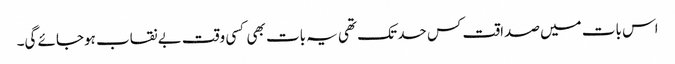
اس بات میں صداقت کس حد تک تھی یہ بات بھی کسی وقت بے نقاب ہوجائے گی۔